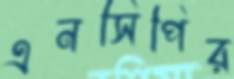
এনসিপির